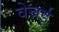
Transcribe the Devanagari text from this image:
वेन्नई